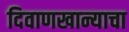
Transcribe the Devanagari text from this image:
दिवाणखान्याचा